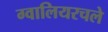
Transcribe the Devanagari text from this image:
ग्वालियरचले